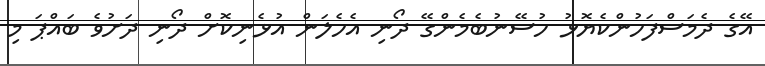
އޭގެ ދެމަސްފަހުންކެޔޮޅު ހުސޭނުބެމެންގޭ ދޯނި އެހެލަން އުޅެނިކޮށް ދޯނި ދަށުވެ ބައްޕަ މި